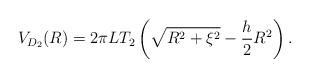
LaTeX: \begin{align*}V_{D_2}(R) = 2 \pi L T_2\left(\sqrt{R^2 + \xi^2} - \frac{h}{2} R^2 \right).\end{align*}